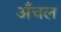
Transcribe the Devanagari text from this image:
अँचल